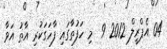
04 އެޕްރީލް 2012 9  މި ހަފުތާގައި ފާހަގަކުރި އާތު އަވާ